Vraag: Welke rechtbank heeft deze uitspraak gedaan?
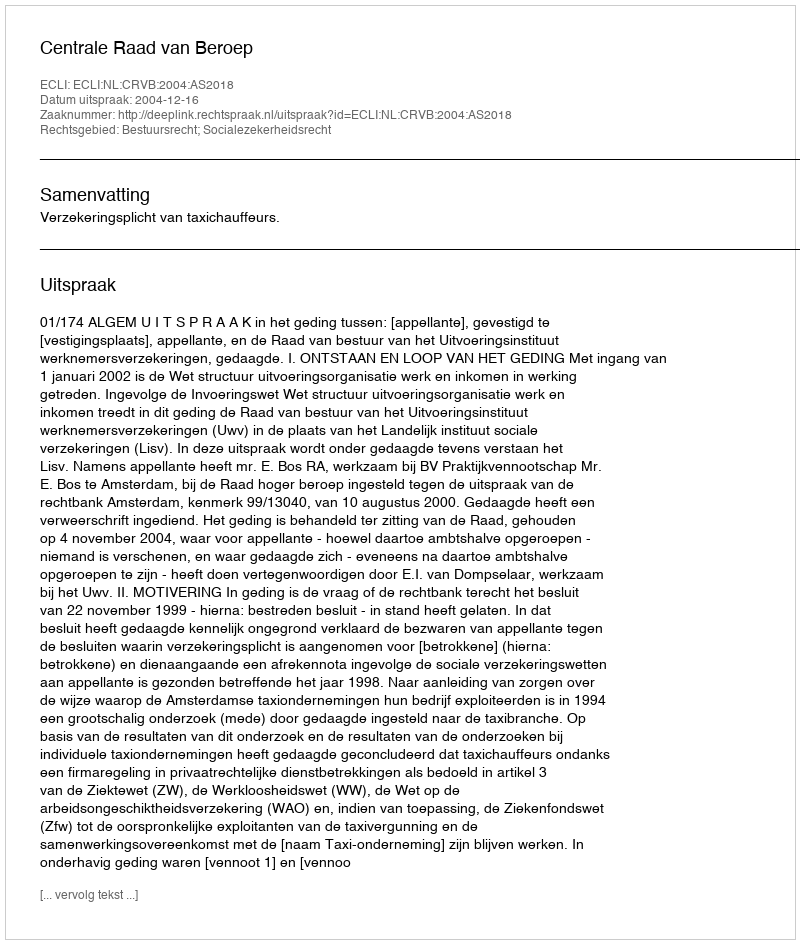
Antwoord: Centrale Raad van Beroep